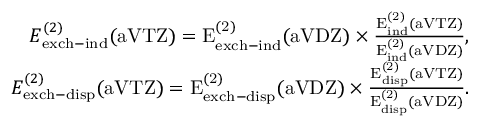
\begin{array} { r } { E _ { \mathrm { e x c h - i n d } } ^ { ( 2 ) } ( \mathrm { a V T Z ) = E _ { \mathrm { e x c h - i n d } } ^ { ( 2 ) } ( \mathrm { a V D Z ) \times \frac { E _ { \mathrm { i n d } } ^ { ( 2 ) } ( \mathrm { a V T Z ) } } { E _ { \mathrm { i n d } } ^ { ( 2 ) } ( \mathrm { a V D Z ) } } , } } } \\ { E _ { \mathrm { e x c h - d i s p } } ^ { ( 2 ) } ( \mathrm { a V T Z ) = E _ { \mathrm { e x c h - d i s p } } ^ { ( 2 ) } ( \mathrm { a V D Z ) \times \frac { E _ { \mathrm { d i s p } } ^ { ( 2 ) } ( \mathrm { a V T Z ) } } { E _ { \mathrm { d i s p } } ^ { ( 2 ) } ( \mathrm { a V D Z ) } } . } } } \end{array}